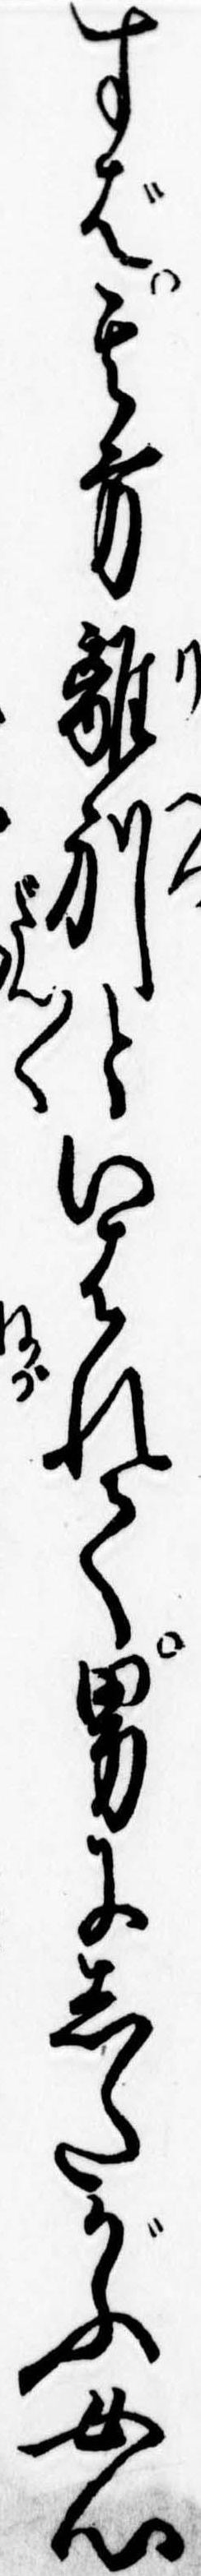
すば其方離別といはれて男にしたがふ女心